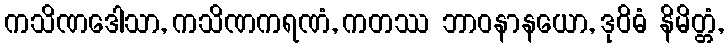
ကသိဏဒေါသာ, ကသိဏကရဏံ, ကတဿ ဘာဝနာနယော, ဒုဝိဓံ နိမိတ္တံ,